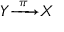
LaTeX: Y { \xrightarrow { ~ \pi ~ } } X